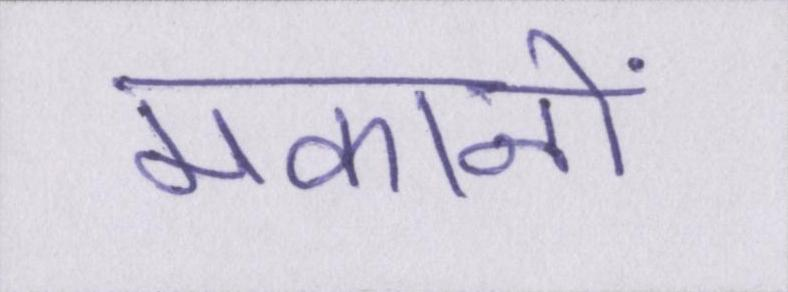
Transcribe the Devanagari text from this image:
मकानों